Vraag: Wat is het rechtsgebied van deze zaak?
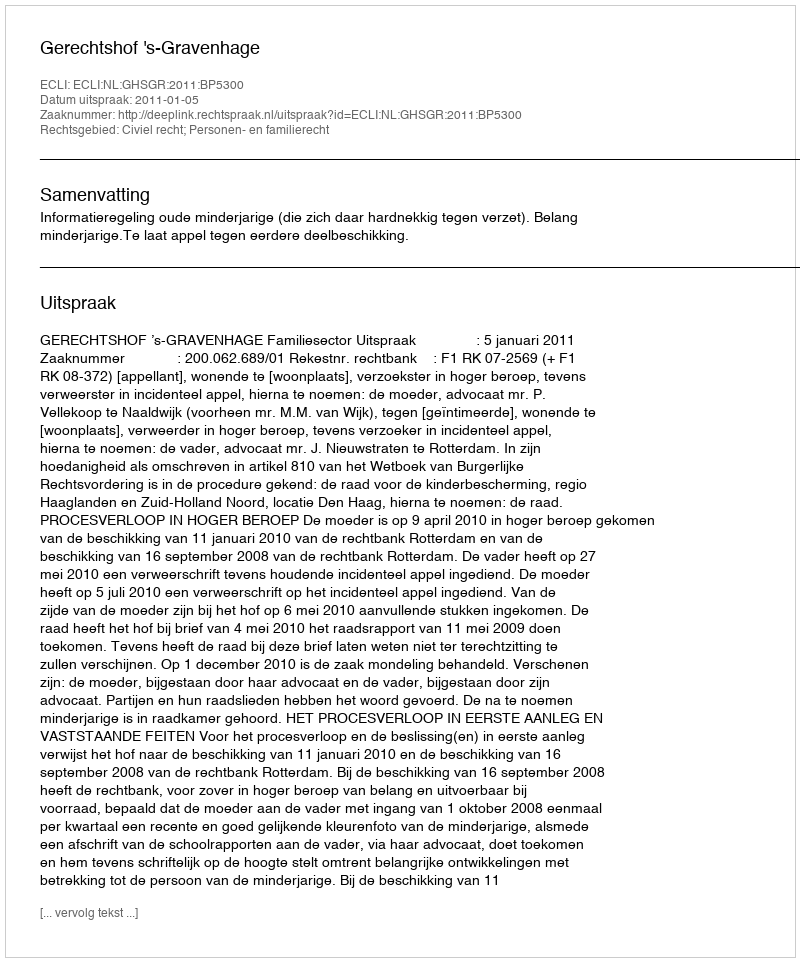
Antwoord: Civiel recht; Personen- en familierecht